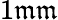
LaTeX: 1\mathfrak{m}\mathfrak{m}